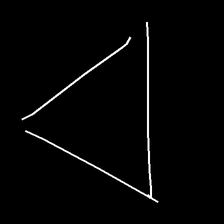
Glyph: convergence